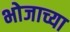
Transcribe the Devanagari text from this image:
भोजाच्या